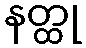
နတ္ထု